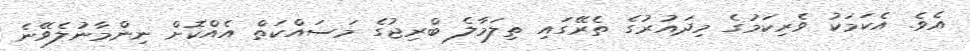
އެވެ. އެކަމަކު ވެރިކަމުގެ މިދައުުރުގެ ތެރޭގައި ތިލަމާލެ ބްރިޖުގެ މަސައްކަތް އެއްކޮށް ނިންމާނުލެވޭނެ